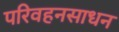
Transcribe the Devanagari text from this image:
परिवहनसाधन